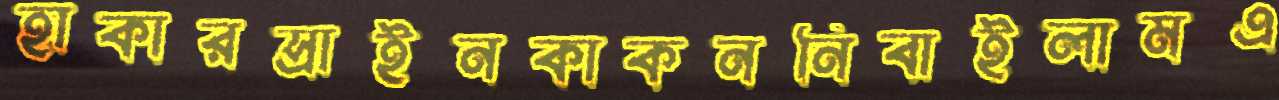
হাকারস্রাইনকাকননিবাইলামএ